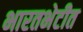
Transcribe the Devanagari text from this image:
भारतभेटीत